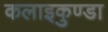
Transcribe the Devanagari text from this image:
कलाइकुण्डा